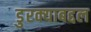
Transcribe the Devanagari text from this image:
डुरक्याबद्दल